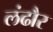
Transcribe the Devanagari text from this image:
लंढौर